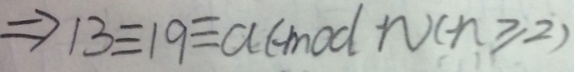
\Rightarrow 1 3 \equiv 1 9 \equiv a ( m o d n ) ( n \geq 2 )